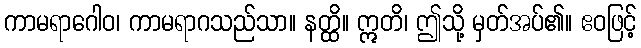
ကာမရာဂေါဝ၊ ကာမရာဂသည်သာ။ နတ္ထိ။ ဣတိ၊ ဤသို့ မှတ်အပ်၏။ ဧဝဖြင့်